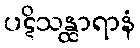
ပဋိသန္ထာရာနံ